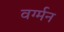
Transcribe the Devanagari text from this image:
वर्ग्मन